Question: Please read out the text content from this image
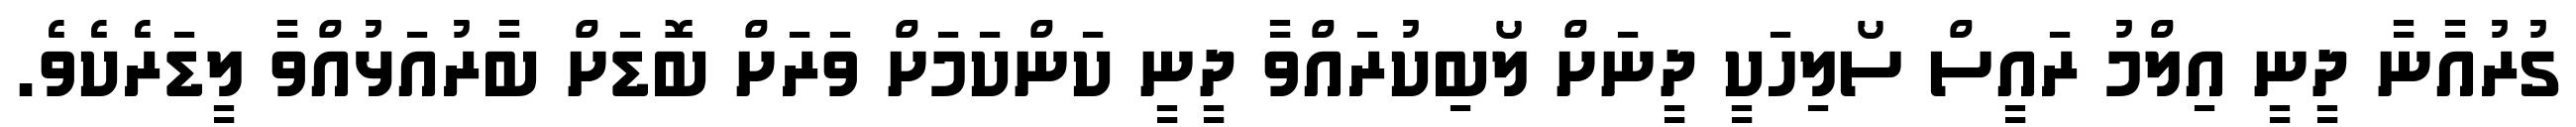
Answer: ގުރުއާނާ ދީނީ އިލްމު ރައީސް ސޯލިހަކީ ދީނަށް ލޯބިކުރައްވާ ދީނީ ކަންކަމަށް ވަރަށް ބޮޑަށް ބާރުއަޅުއްވާ ލީޑަރެކެވެ.